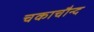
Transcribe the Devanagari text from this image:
चकाचौन्द